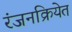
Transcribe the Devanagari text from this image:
रंजनक्रियेत